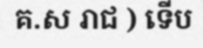
គ.ស រាជ ) ទើប